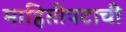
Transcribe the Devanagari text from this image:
माहितीपटाची